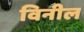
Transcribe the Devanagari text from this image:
विनील